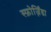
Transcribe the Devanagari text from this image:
स्फ़ोर्ज़िंडा